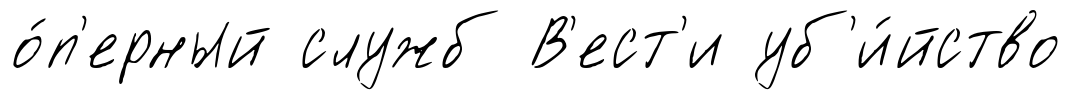
о́п'ерный служб В'ест'и уб'и́йство